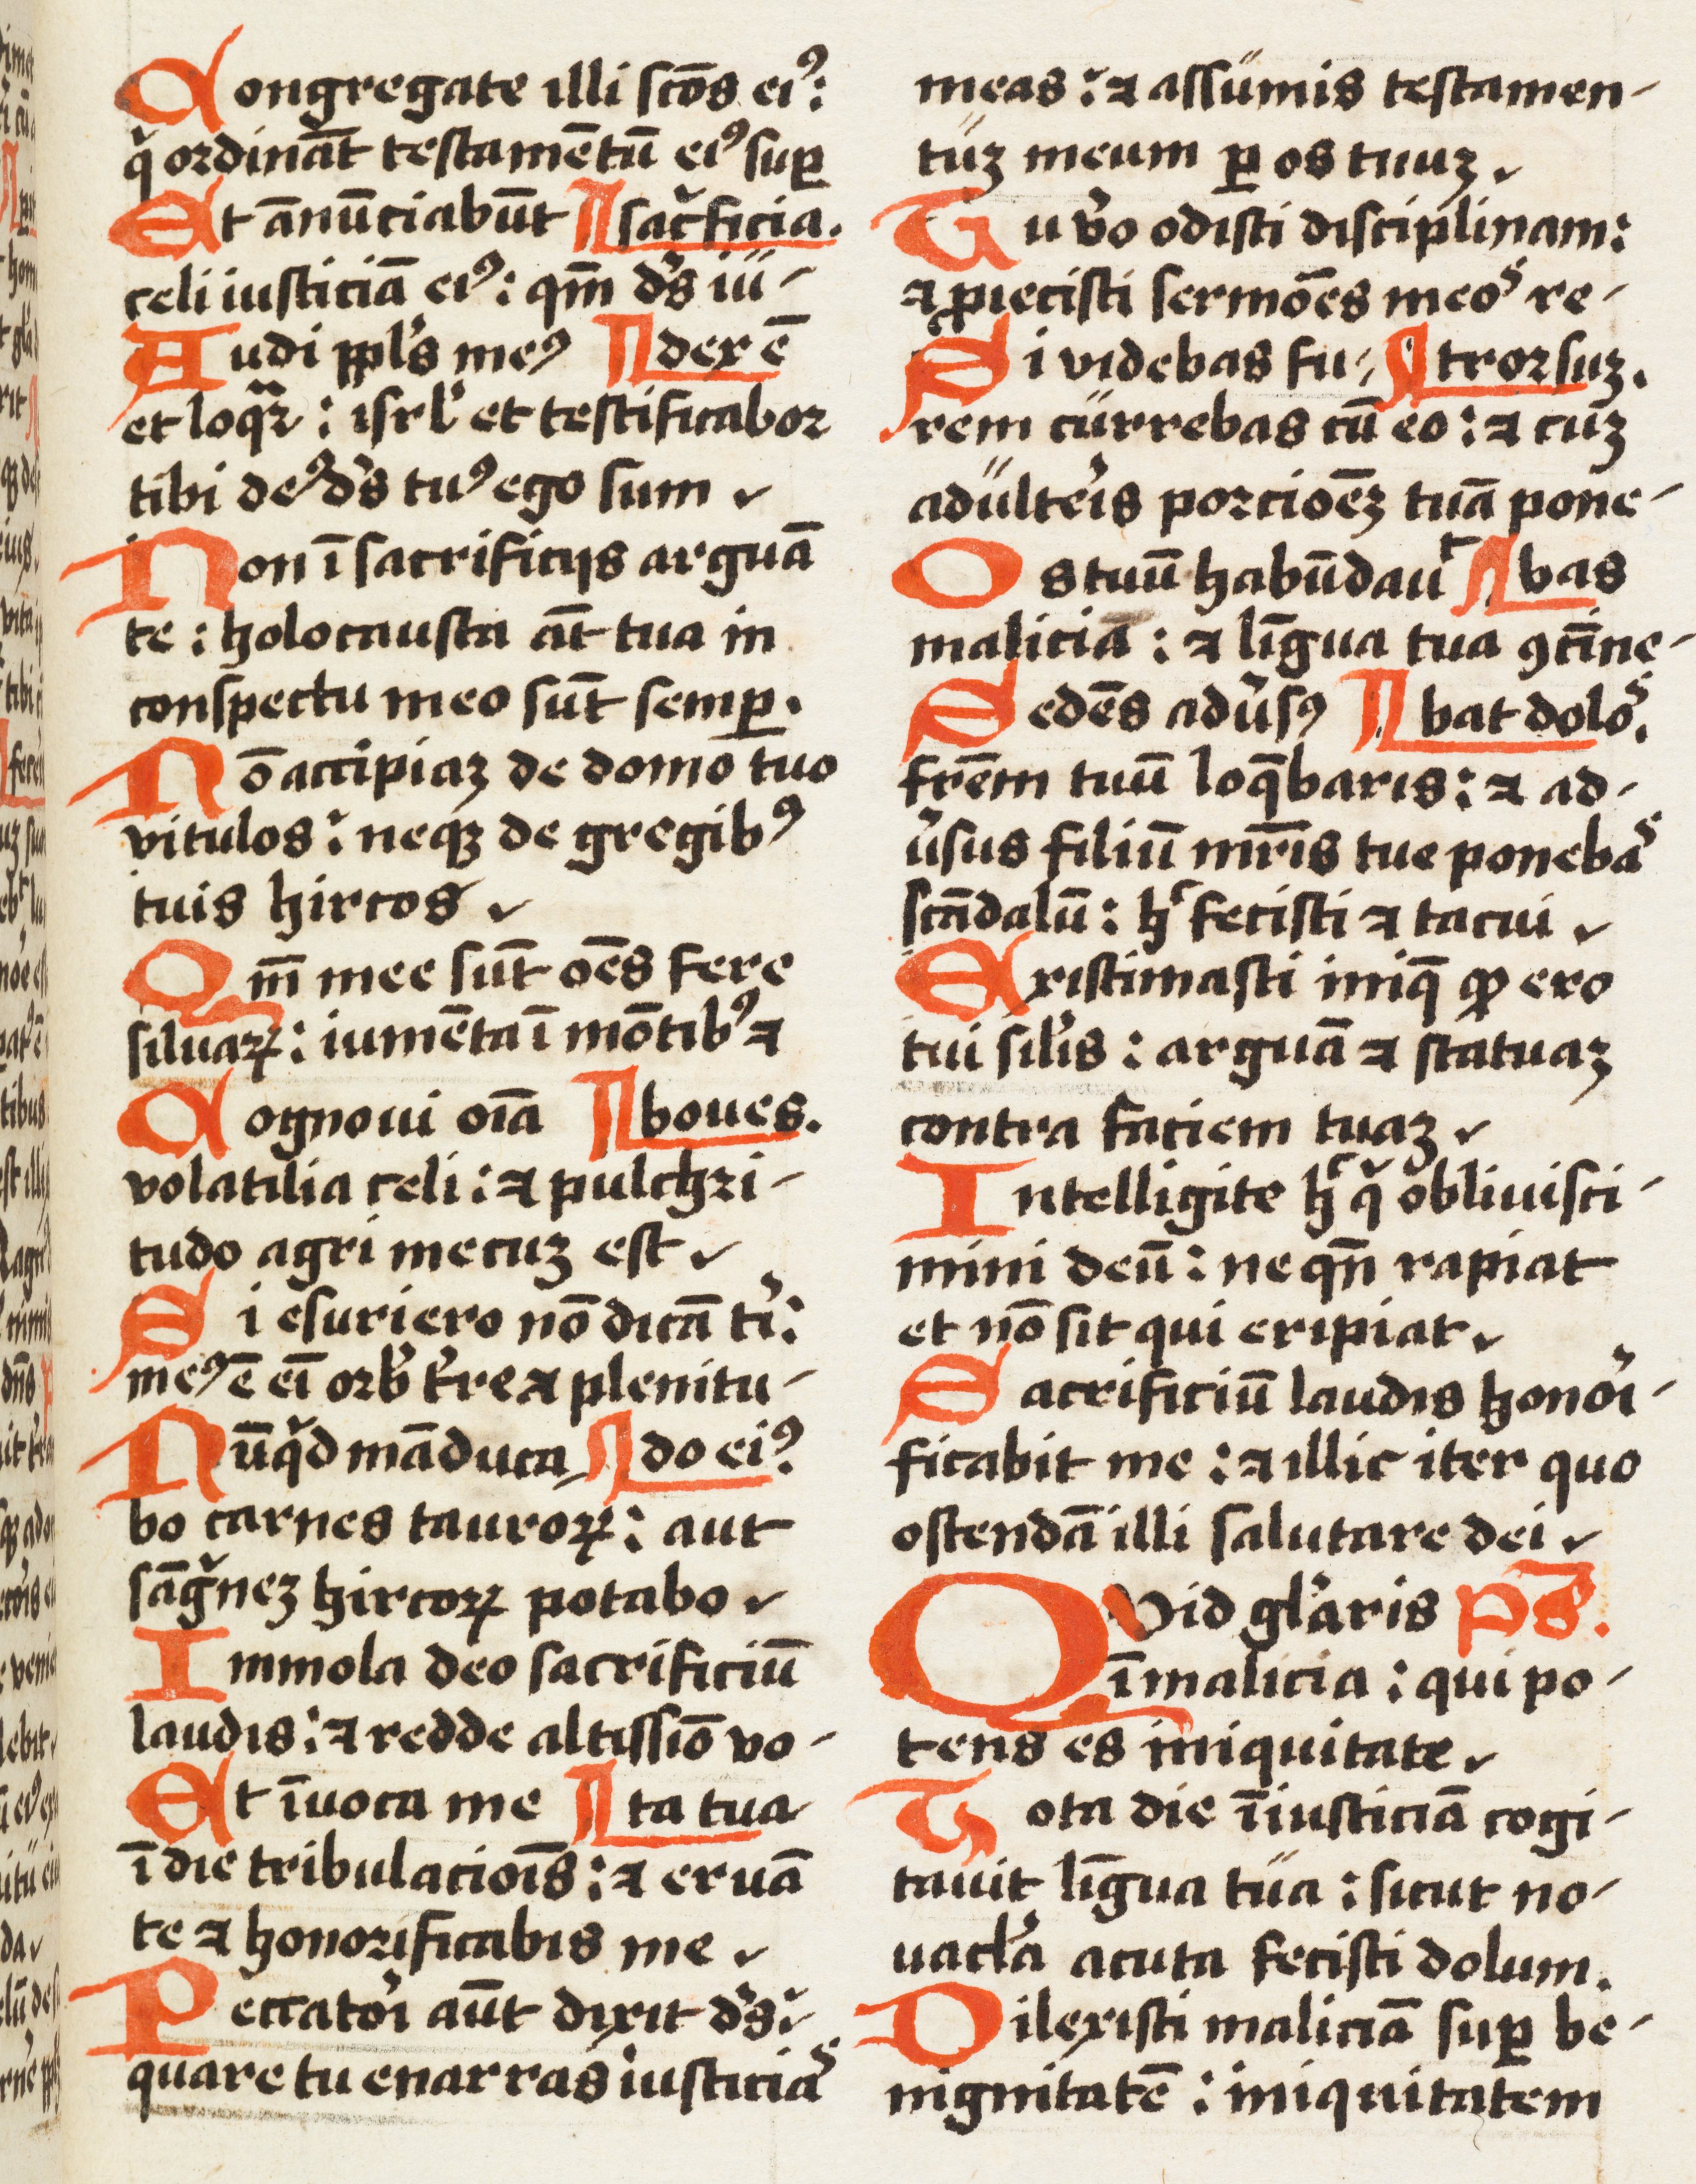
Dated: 1500–1524